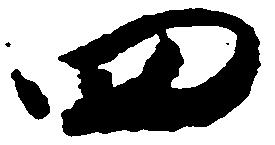
四